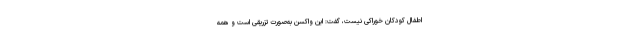
اطفال کودکان خوراکی نیست، گفت: این واکسن به‌صورت تزریقی است و همه